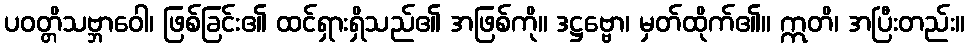
ပဝတ္တိသဗ္ဘာဝေါ၊ ဖြစ်ခြင်း၏ ထင်ရှားရှိသည်၏ အဖြစ်ကို။ ဒဋ္ဌဗ္ဗော၊ မှတ်ထိုက်၏။ ဣတိ၊ အပြီးတည်း။